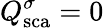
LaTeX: Q_{\mathrm{{sca}}}^{\sigma}=0